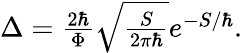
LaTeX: \begin{array}{r}{\Delta=\frac{2\hbar}{\Phi}\sqrt{\frac{S}{2\pi\hbar}}e^{-S/\hbar}.}\end{array}